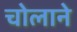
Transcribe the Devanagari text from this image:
चोलाने